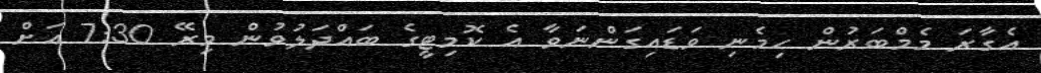
އެގާރަ މެމްބަރުން ހިމެނި ވަޑައިގަންނަވާ އެ ކޮމިޓީގެ ބައްދަލުވުން މިރޭ 7:30 އަށް